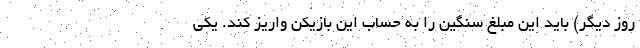
روز دیگر) باید این مبلغ سنگین را به حساب این بازیکن واریز کند. یکی